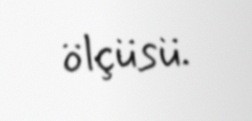
ölçüsü.